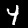
Label: 4